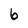
Character: 6